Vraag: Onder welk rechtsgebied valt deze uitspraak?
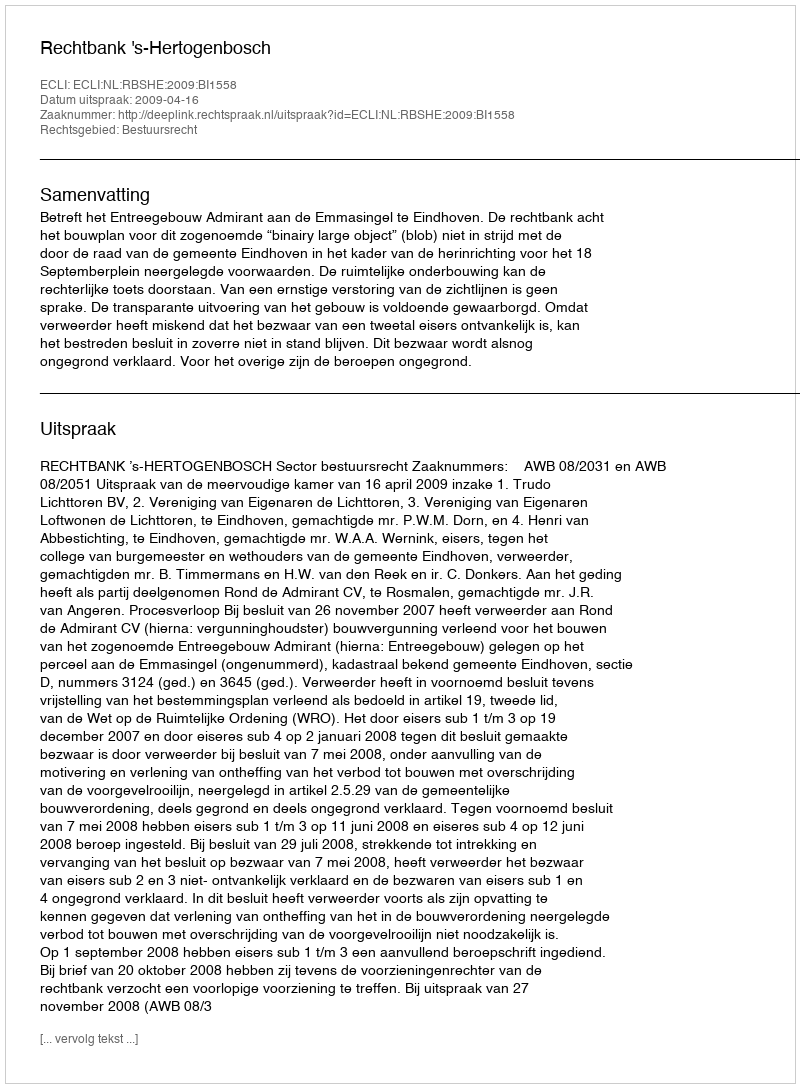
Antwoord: Bestuursrecht